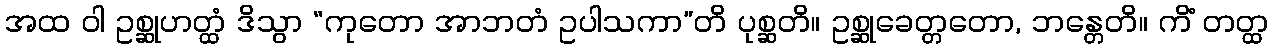
အထ ဝါ ဥစ္ဆုဟတ္ထံ ဒိသွာ “ကုတော အာဘတံ ဥပါသကာ”တိ ပုစ္ဆတိ။ ဥစ္ဆုခေတ္တတော, ဘန္တေတိ။ ကိံ တတ္ထ